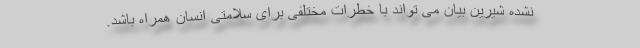
نشده شیرین بیان می تواند با خطرات مختلفی برای سلامتی انسان همراه باشد.